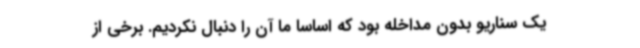
یک سناریو بدون مداخله بود که اساسا ما آن را دنبال نکردیم. برخی از